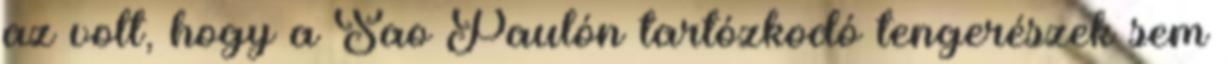
az volt, hogy a Sao Paulón tartózkodó tengerészek sem